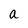
Character: a